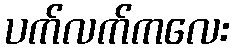
ပက်လက်ကလေး